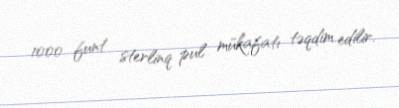
1000 funt sterlinq pul mükafatı təqdim edilir.